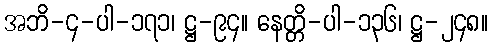
အဘိ-၄-ပါ-၁၇၁၊ ဋ္ဌ-၉၄။ နေတ္တိ-ပါ-၁၃၆၊ ဋ္ဌ-၂၄၈။